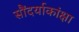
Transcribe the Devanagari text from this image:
सौंदर्याकांक्षा